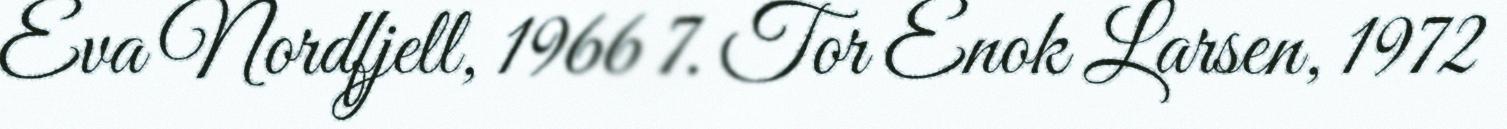
Eva Nordfjell, 1966 7. Tor Enok Larsen, 1972